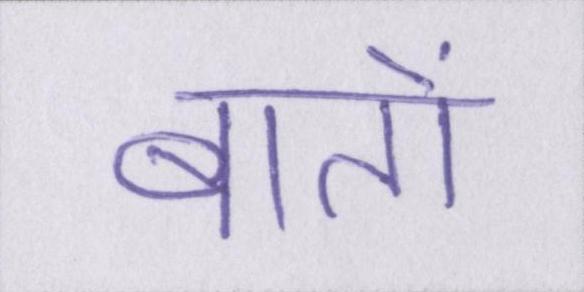
बातों